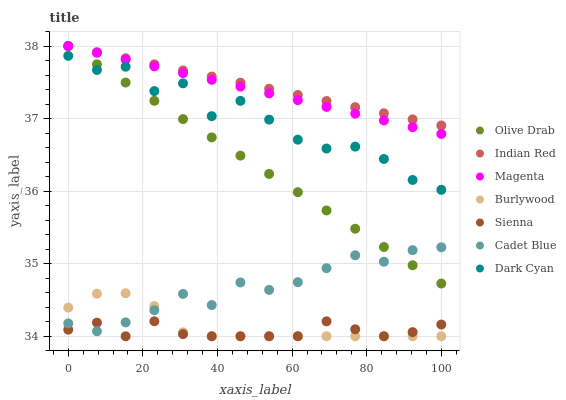
| xaxis_label | Olive Drab | Indian Red | Magenta | Burlywood | Sienna | Cadet Blue | Dark Cyan |
 | --- | --- | --- | --- | --- | --- | --- | --- |
 | 0 | 38 | 38 | 38 | 34.4 | 34.1 | 34.2 | 37.9 |
 | 7.69 | 37.7 | 37.9 | 37.9 | 34.6 | 34.2 | 34.1 | 37.7 |
 | 15.4 | 37.5 | 37.8 | 37.8 | 34.6 | 34 | 34.2 | 37.7 |
 | 23.1 | 37.2 | 37.7 | 37.7 | 34.4 | 34.2 | 34.4 | 37.4 |
 | 30.8 | 37 | 37.7 | 37.6 | 34.1 | 34 | 34.6 | 37.5 |
 | 38.5 | 36.7 | 37.6 | 37.5 | 34 | 34 | 34.4 | 37 |
 | 46.2 | 36.5 | 37.5 | 37.4 | 34 | 34 | 34.7 | 37.2 |
 | 53.8 | 36.2 | 37.4 | 37.3 | 34 | 34 | 34.6 | 37 |
 | 61.5 | 36 | 37.3 | 37.3 | 34 | 34 | 34.7 | 36.7 |
 | 69.2 | 35.7 | 37.2 | 37.2 | 34 | 34.2 | 34.9 | 36.6 |
 | 76.9 | 35.5 | 37.2 | 37.1 | 34 | 34.1 | 35.1 | 36.6 |
 | 84.6 | 35.2 | 37.1 | 37 | 34 | 34 | 35 | 36.4 |
 | 92.3 | 35 | 37 | 36.9 | 34 | 34.1 | 35.2 | 36.2 |
 | 100 | 34.7 | 36.9 | 36.8 | 34 | 34.2 | 35.2 | 36 |